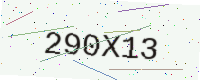
Text: 290X13